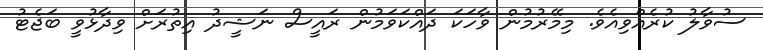
ސުވާލު ކުރެއްވިއެވެ. މިމޭރުމުން ވާހަކަ ދައްކަވަމުން ރައީސް ނަޝީދު އިތުރަށް ވިދާޅުވީ ބަޖެޓު